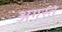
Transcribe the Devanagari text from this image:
अगस्त्